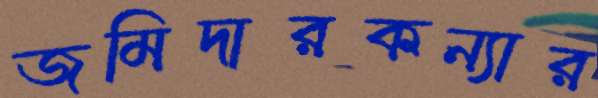
জমিদারকন্যার